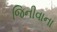
જિનીવાના